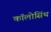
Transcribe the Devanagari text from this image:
कॉलोसिंथ